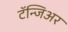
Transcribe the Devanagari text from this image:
टॅन्जिअर